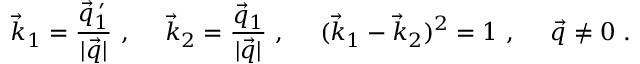
\vec { k } _ { 1 } = \frac { \vec { q } _ { 1 } ^ { \: \prime } } { | \vec { q } | } ~ , \ \ \ \ \vec { k } _ { 2 } = \frac { \vec { q } _ { 1 } } { | \vec { q } | } ~ , \ \ \ \ ( \vec { k } _ { 1 } - \vec { k } _ { 2 } ) ^ { 2 } = 1 ~ , \ \ \ \ \vec { q } \neq 0 ~ .